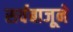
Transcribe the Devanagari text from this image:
सर्वबाजूने